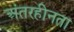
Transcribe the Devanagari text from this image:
अंतरहीनता